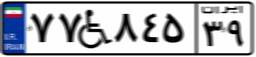
۷۷W۸۴۵۳۹